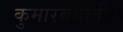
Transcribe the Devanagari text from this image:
कुमारवयातील